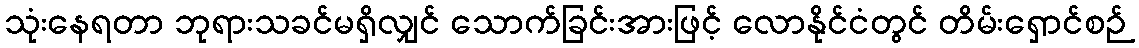
သုံးနေရတာ ဘုရားသခင်မရှိလျှင် သောက်ခြင်းအားဖြင့် လောနိုင်ငံတွင် တိမ်းရှောင်စဉ်